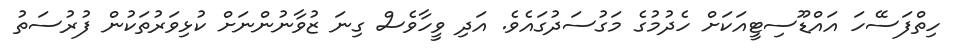
ހިތްފަސޭހަ އައްޑޫސިޓީއަކަށް ހެދުމުގެ މަގުސަދުގައެވެ. އަދި ވީހާވެސް ގިނަ ޒުވާނުންނަށް ކުޅިވަރުތަކުން ފުރުސަތު